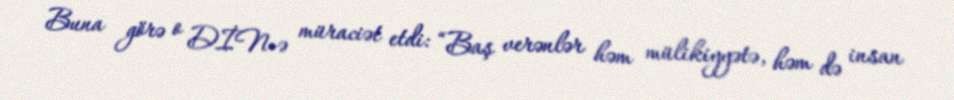
Buna görə o DİN-ə müraciət etdi: “Baş verənlər həm mülikiyyətə, həm də insan